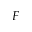
F